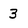
Character: 3